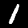
Label: 1